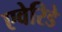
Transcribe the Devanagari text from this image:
एवेरिडे